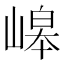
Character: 㟸